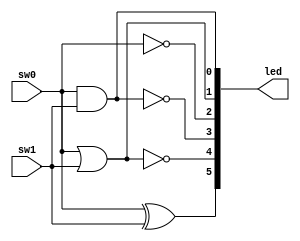
module assign22_2(sw0, sw1, led);
    input sw0, sw1;
    output [5:0] led;

    assign led[0] = sw0 & sw1;
    assign led[1] = sw0 | sw1;
    assign led[2] = ~sw0;
    assign led[3] = ~(sw0 & sw1);
    assign led[4] = ~(sw0 | sw1);
    assign led[5] = sw0 ^ sw1;
endmodule